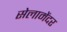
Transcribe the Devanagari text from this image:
सेलामेंदर